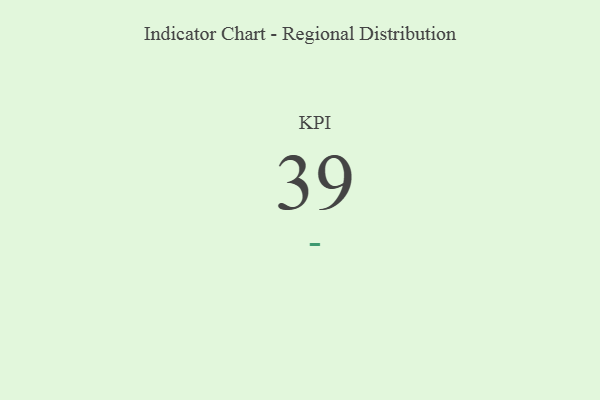
{"axis": {"x": "KPI", "y": "Value"}, "legend": [""], "data": [{"x": "KPI", "y": 39, "type": ""}]}